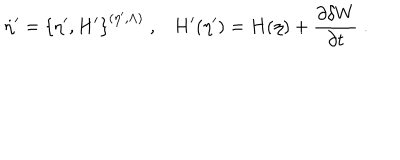
\dot { \eta } ^ { \prime } = \left\{ \eta ^ { \prime } , H ^ { \prime } \right\} ^ { ( \eta ^ { \prime } , \Lambda ) } \; , H ^ { \prime } ( \eta ^ { \prime } ) = H ( \eta ) + \frac { \partial \delta W } { \partial t } \; .